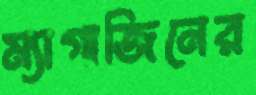
ম্যাগাজিনের